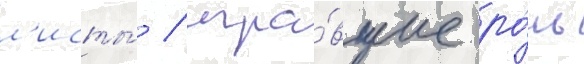
л'исты́ / игра́вшие ро́ль